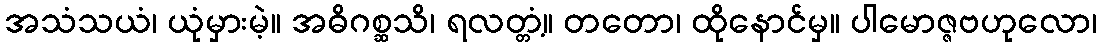
အသံသယံ၊ ယုံမှားမဲ့။ အဓိဂစ္ဆသိ၊ ရလတ္တံ့။ တတော၊ ထိုနောင်မှ။ ပါမောဇ္ဇဗဟုလော၊